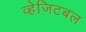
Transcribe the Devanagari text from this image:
व्हेजिटबल